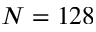
N = 1 2 8